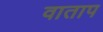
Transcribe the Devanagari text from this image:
वाताप